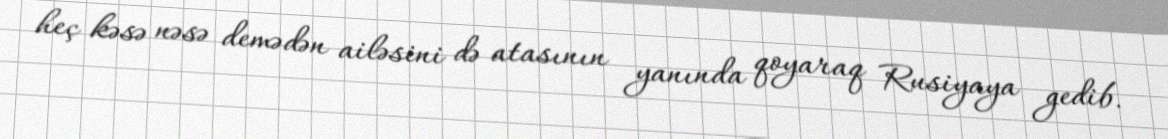
heç kəsə nəsə demədən ailəsini də atasının yanında qoyaraq Rusiyaya gedib.